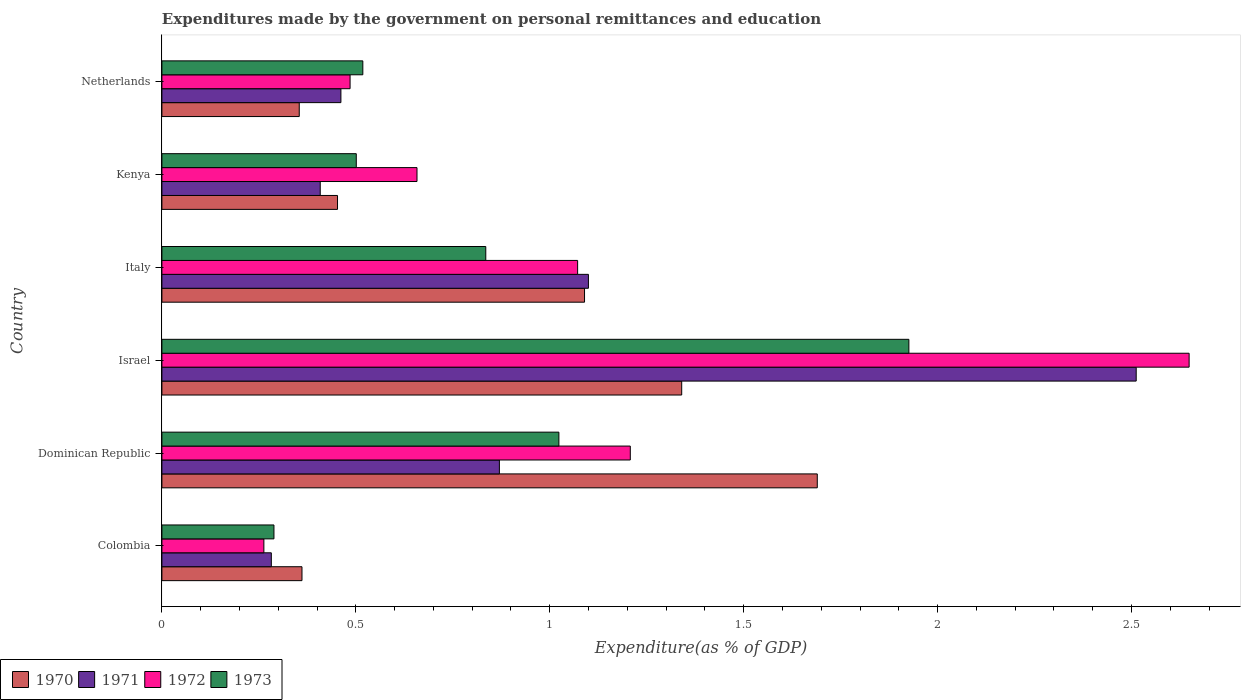
| Country | 1970 | 1971 | 1972 | 1973 |
 | --- | --- | --- | --- | --- |
 | Colombia | 0.361 | 0.282 | 0.263 | 0.289 |
 | Dominican Republic | 1.69 | 0.87 | 1.21 | 1.02 |
 | Israel | 1.34 | 2.51 | 2.65 | 1.93 |
 | Italy | 1.09 | 1.1 | 1.07 | 0.835 |
 | Kenya | 0.453 | 0.408 | 0.658 | 0.501 |
 | Netherlands | 0.354 | 0.462 | 0.485 | 0.518 |